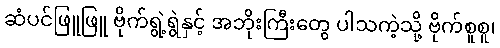
ဆံပင်ဖြူဖြူ ဗိုက်ရွဲ့ရွဲနှင့် အဘိုးကြီးတွေ ပါသကဲ့သို့ ဗိုက်စူစူ၊